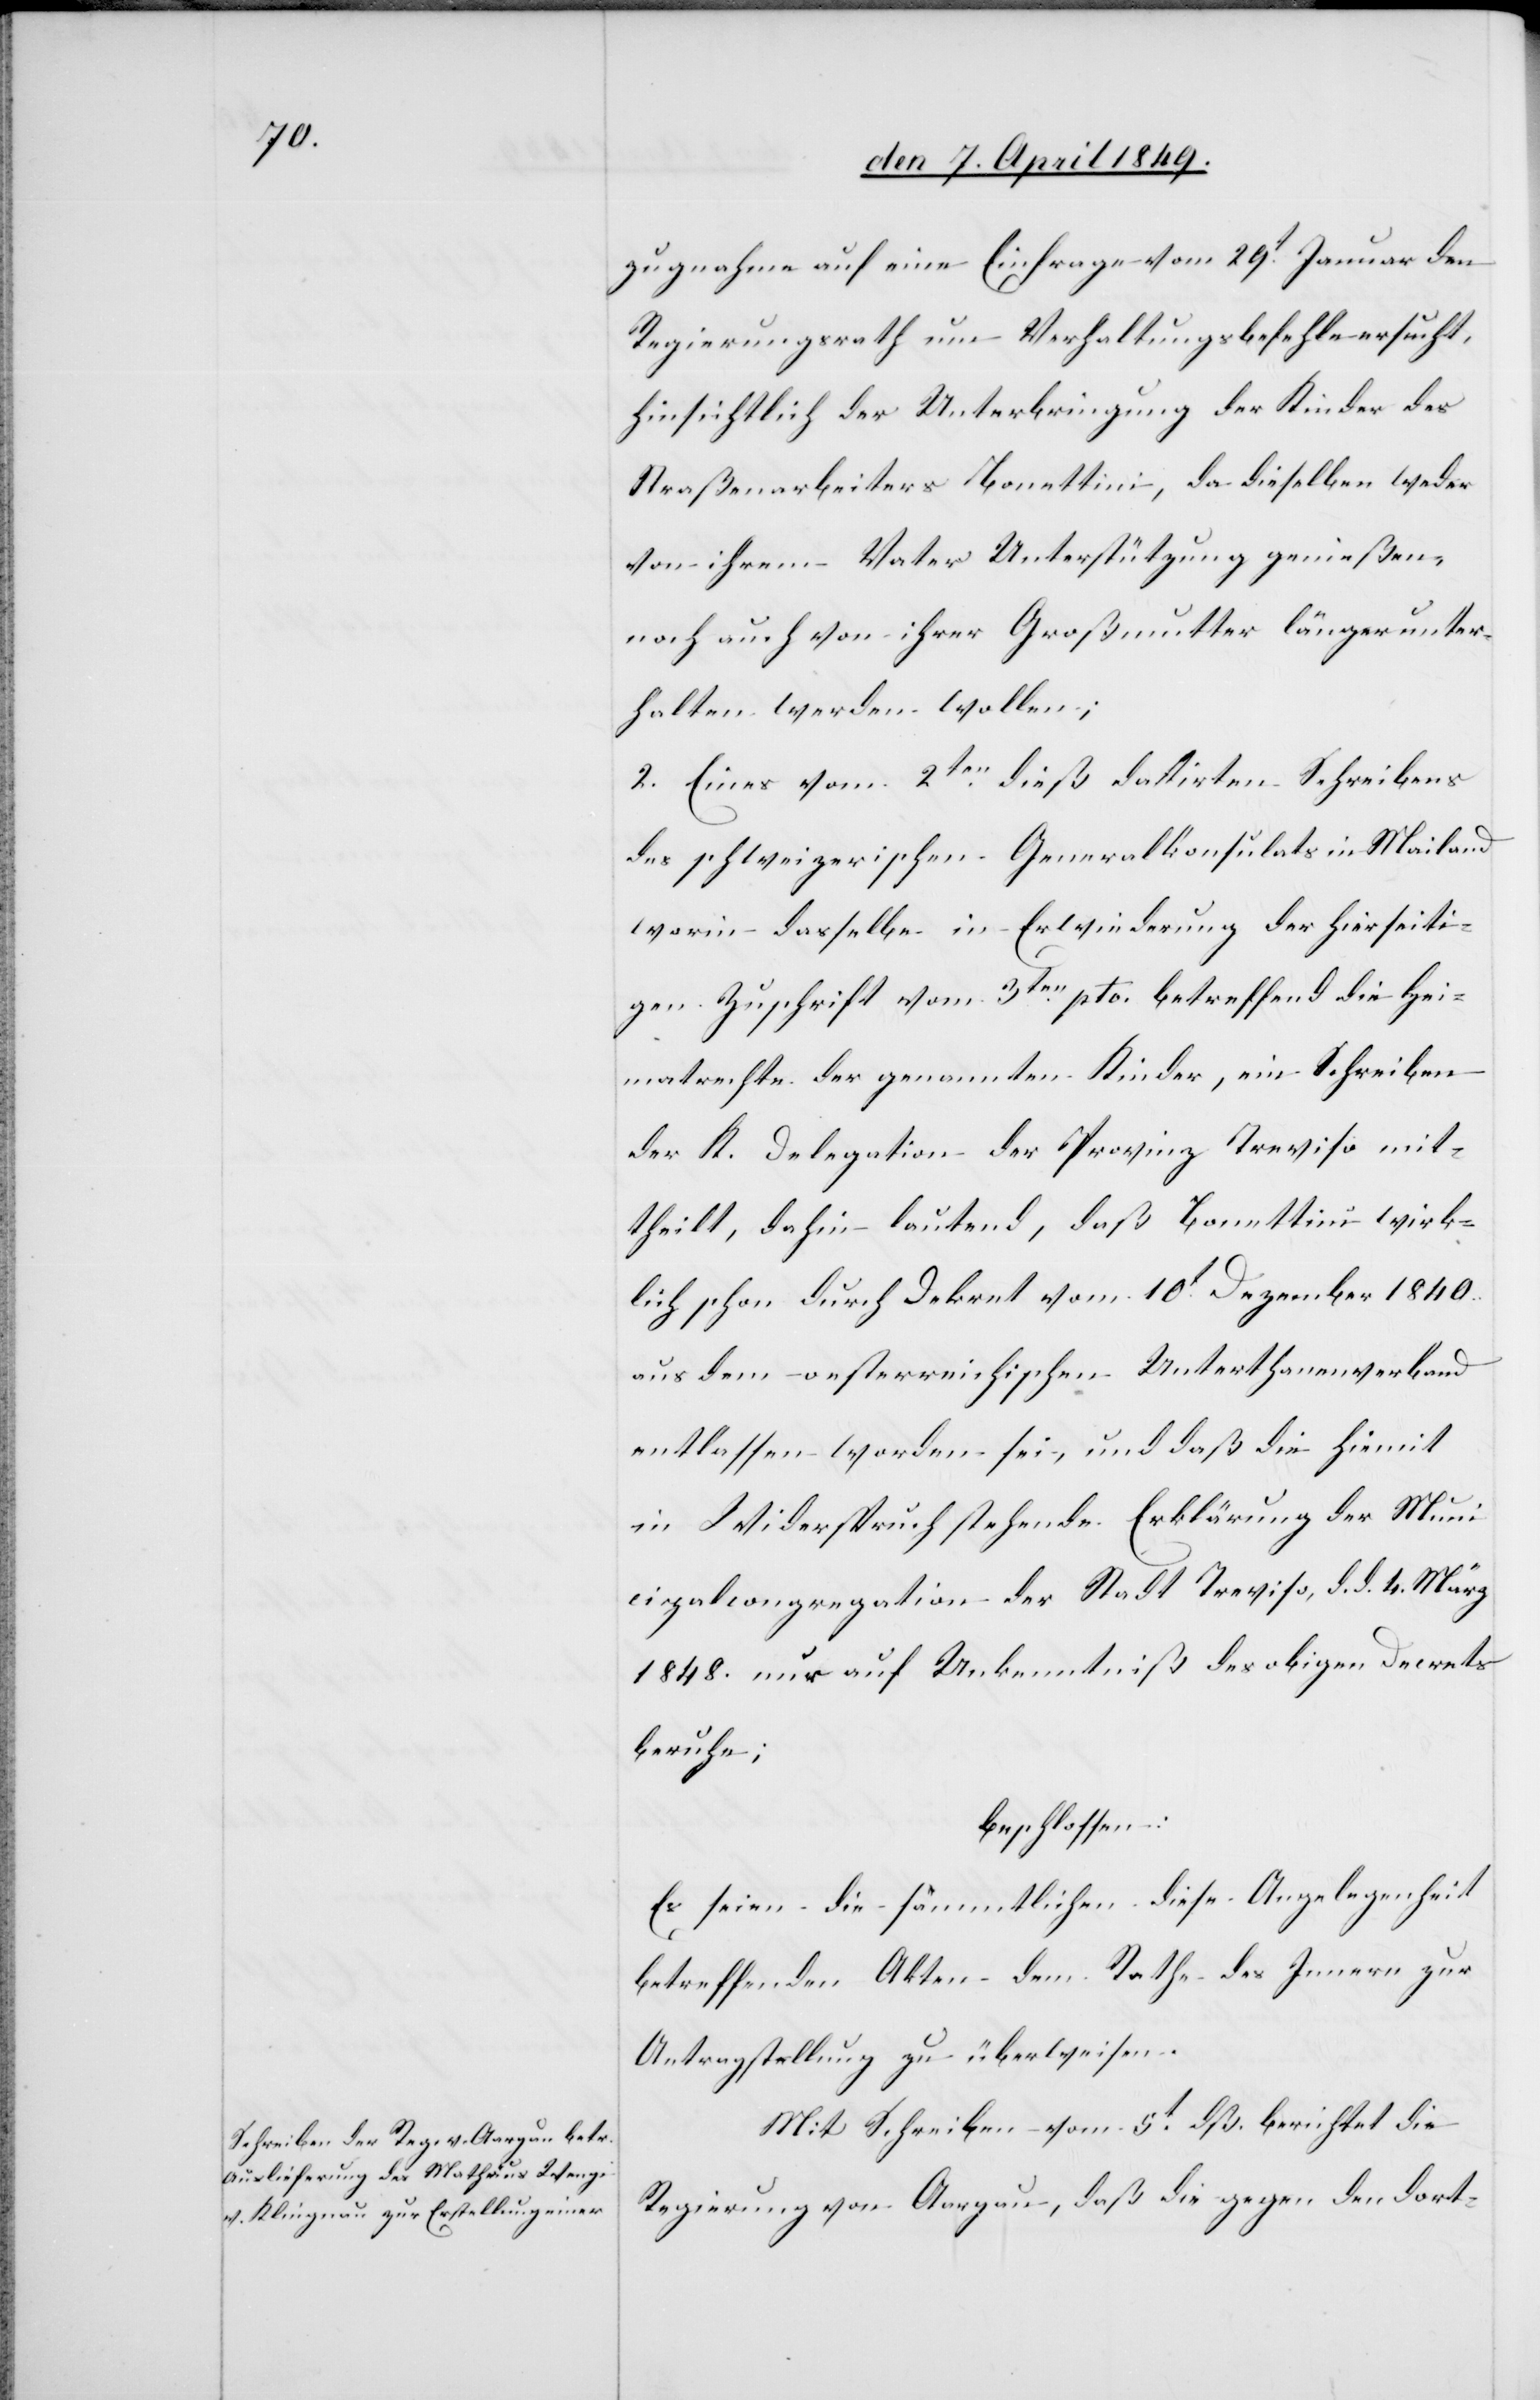
zugnahme auf eine Einfrage vom 29t Januar den
Regierungsrath um Verhaltungsbefehle ersucht,
hinsichtlich der Unterbringung der Kinder des
Straßenarbeiters Bonettini, da dieselben weder
von ihrem Vater Unterstützung genießen
noch auch von ihrer Großmutter länger unter¬
halten werden wollen;
2. Eines vom 2ten dieß datirten Schreibens
des schweizerischen Generalkonsulats in Mailand
worin dasselbe in Erwiederung der hierseiti¬
gen Zuschrift vom 3ten pto. betreffend die Hei¬
matrechte der genannten Kinder, ein Schreiben
der K. Delegation der Provinz Traviso mit¬
theilt, dahin lautend, daß Bonettini wirk¬
lich schon durch Dekret vom 10t Dezember 1840.
aus dem oestrreichischen Unterthanenverband
entlassen worden sei, und daß die hiemit
in Widerspruch stehende Erklärung der Muni¬
cipalcongregation der Stadt Treviso, d. d. 4. März
1848. nur auf Unkenntniß des obigen Decrets
beruhe;
beschlossen:
Es seien die sämmtlichen diese Angelegenheit
betreffenden Akten dem Rathe des Innern zur
Antragstellung zu überweisen.
Mit Schreiben vom 5t dß. berichtet die
Regierung von Aargau, daß die gegen den dort-